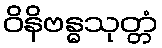
ဝိနိဗန္ဓသုတ္တံ